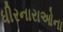
ધીરનારાઓના